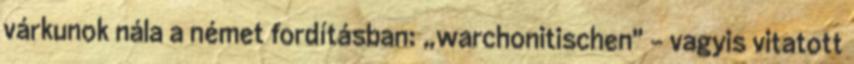
várkunok nála a német fordításban: „warchonitischen" - vagyis vitatott